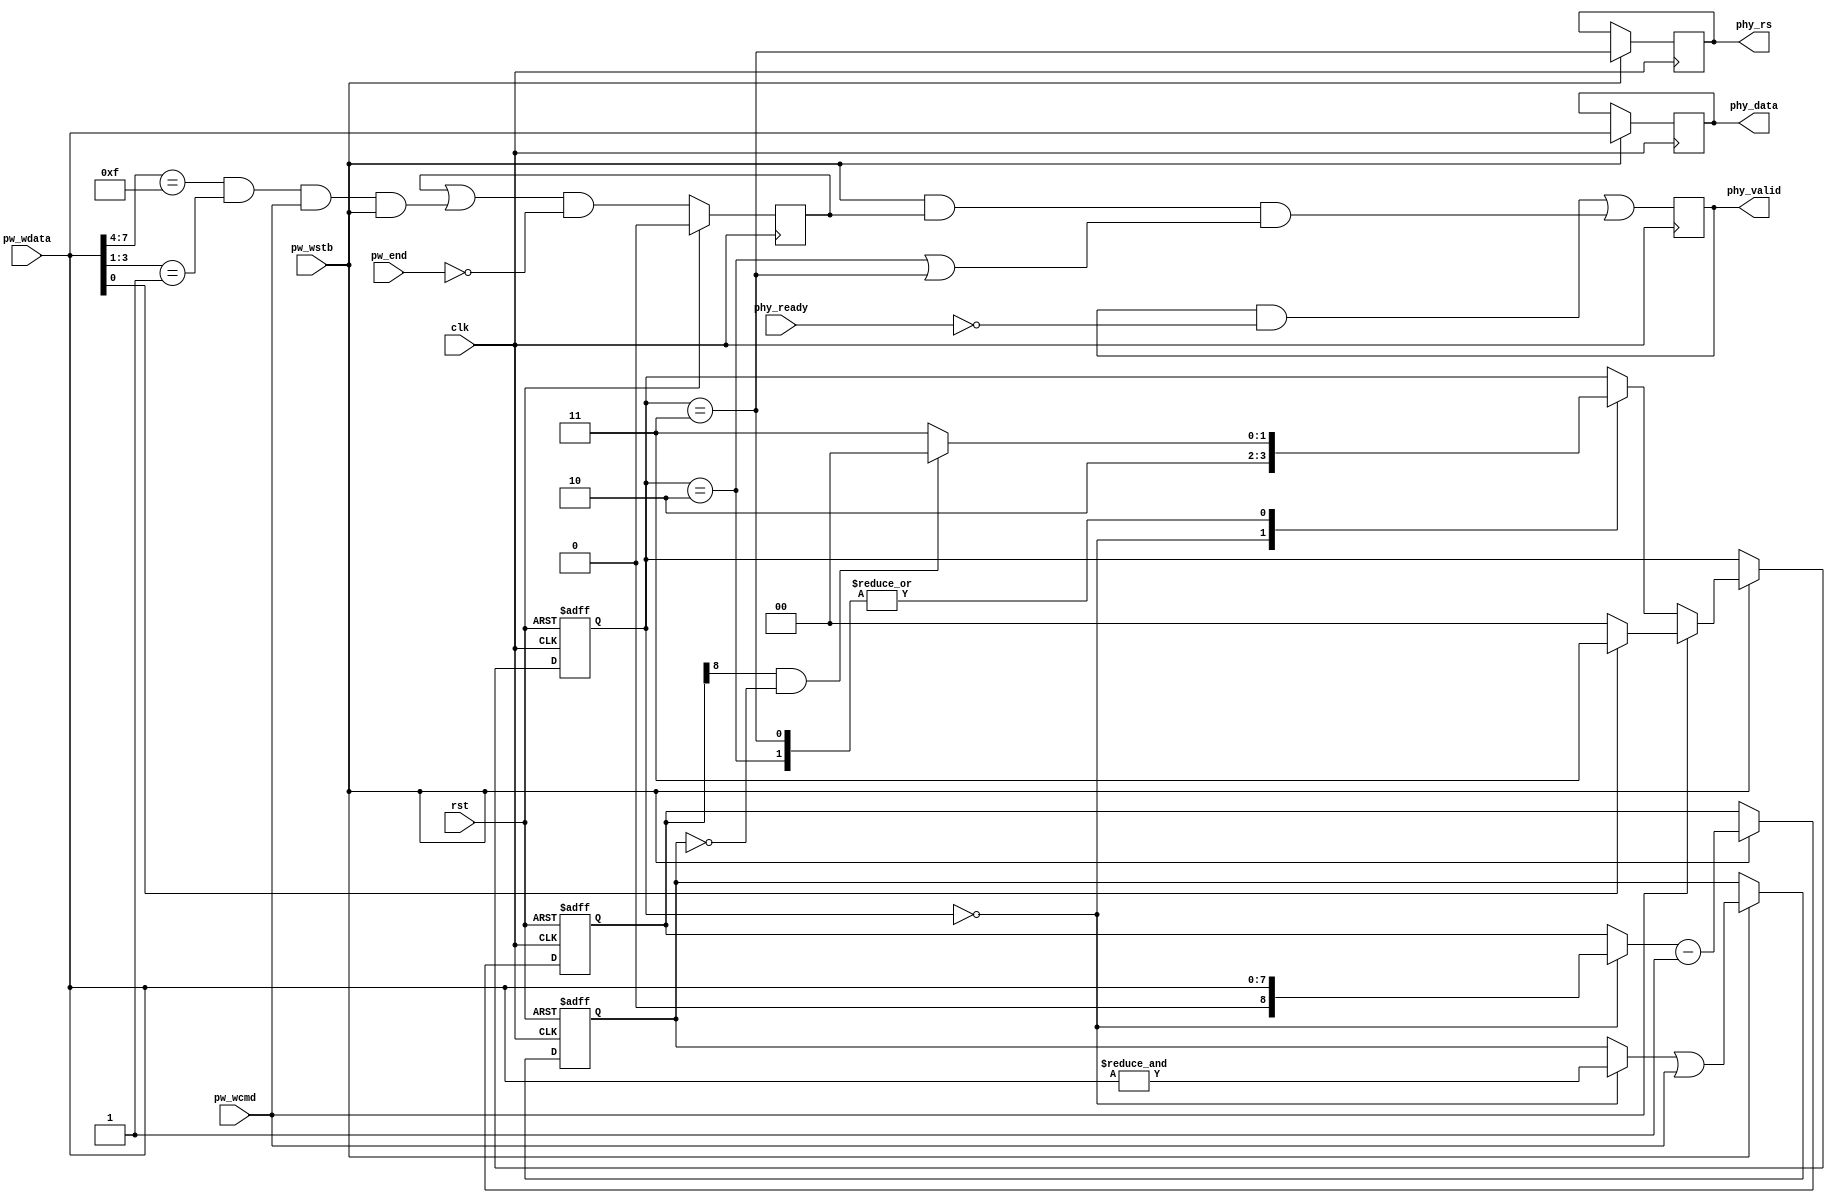
/*
 * spi_dev_lcdwr.v
 *
 * vim: ts=4 sw=4
 *
 * Copyright (C) 2022  Sylvain Munaut <tnt@246tNt.com>
 * SPDX-License-Identifier: CERN-OHL-P-2.0
 */

`default_nettype none

module spi_dev_lcdwr #(
	// LSB must be 0 and it uses
	// CMD_BYTE and CMD_BYTE+1
	parameter [7:0] CMD_BYTE = 8'hf2
)(
	// LCD PHY drive
	output reg   [7:0] phy_data,
	output reg         phy_rs,
	output reg         phy_valid,
	input  wire        phy_ready,

	// SPI protocol wrapper interface
	input  wire  [7:0] pw_wdata,
	input  wire        pw_wcmd,
	input  wire        pw_wstb,

	input  wire        pw_end,

	// Clock /Reset
	input  wire        clk,
	input  wire        rst
);

	// Signals
	// -------

	// FSM
	localparam [1:0]
		ST_LEN  = 2'b00,
		ST_CMD  = 2'b10,
		ST_DATA = 2'b11;

	wire  [1:0] match;
	wire        start;
	reg         active;

	reg   [1:0] state;
	reg   [1:0] state_nxt;

	// Data length tracker
	reg   [8:0] data_len;
	reg         data_inf;
	wire        data_last;


	// FSM
	// ---

	// Matching
	assign match[0] = (pw_wdata[7:4] == CMD_BYTE[7:4]);
	assign match[1] = (pw_wdata[3:1] == CMD_BYTE[3:1]);
	assign start = match[0] & match[1] & pw_wcmd & pw_wstb;

	// SPI Command tracking
	always @(posedge clk)
		if (rst)
			active <= 1'b0;
		else
			active <= (active | start) & ~pw_end;

	// State tracking
	always @(posedge clk or posedge rst)
		if (rst)
			state <= ST_LEN;
		else if (pw_wstb)
			state <= state_nxt;

	always @(*)
	begin
		// Default sequence
		case (state)
			ST_LEN:  state_nxt = ST_CMD;
			ST_CMD:  state_nxt = data_last ? ST_LEN : ST_DATA;
			ST_DATA: state_nxt = data_last ? ST_LEN : ST_DATA;
			default: state_nxt = state;
		endcase

		// Reset
		if (pw_wcmd)
			// Only need to consider the LSB since if the rest doesn't match it
			// doesn't matter what state we are since `active` will stay low
			state_nxt = pw_wdata[0] ? ST_DATA : ST_LEN;
	end

	// Data length tracking
	always @(posedge clk or posedge rst)
	begin
		if (rst) begin
			data_len <= 0;
			data_inf <= 1'b0;
		end else if (pw_wstb) begin
			data_len <= ((state == ST_LEN) ? { 1'b0, pw_wdata } : data_len) - 1;
			data_inf <= ((state == ST_LEN) ? &pw_wdata : data_inf) | pw_wcmd;
		end
	end

	assign data_last = data_len[8] & ~data_inf;

	// Register data
	always @(posedge clk)
		if (pw_wstb) begin
			phy_data <= pw_wdata;
			phy_rs   <= state == ST_DATA;
		end

	always @(posedge clk)
		phy_valid <=
			(phy_valid & ~phy_ready) |
			(pw_wstb & active & (
				(state == ST_CMD) |
				(state == ST_DATA)
			));

endmodule // spi_dev_lcdwr